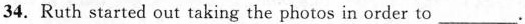
34.Ruth started out taking the photos in order to ___.